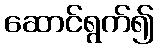
ဆောင်ရွက်၍